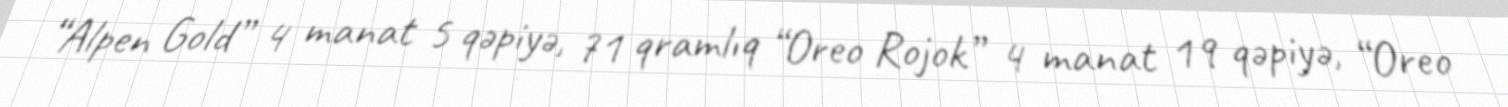
“Alpen Gold” 4 manat 5 qəpiyə, 71 qramlıq “Oreo Rojok” 4 manat 19 qəpiyə, “Oreo